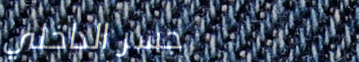
جسر الداخلي